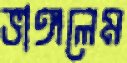
ভাঙ্গলেম